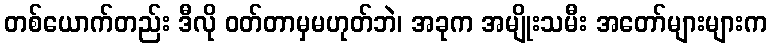
တစ်ယောက်တည်း ဒီလို ဝတ်တာမှမဟုတ်ဘဲ၊ အခုက အမျိုးသမီး အတော်များများက